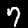
Label: 7